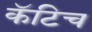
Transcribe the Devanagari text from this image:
कॅटिच